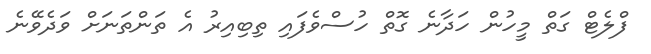
ފްލެޓް ގަތް މީހުން ހަދާނެ ގޮތް ހުސްވެފައި ތިބިއިރު އެ ތަންތަނަށް ވަދެވޭނެ